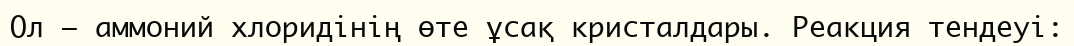
Ол — аммоний хлоридінің өте ұсақ кристалдары. Реакция тендеуі: